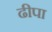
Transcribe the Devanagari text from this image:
ढीपा